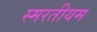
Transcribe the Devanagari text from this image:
स्मरतीयम